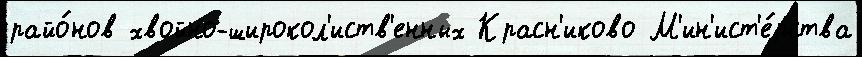
райо́нов хвойно-широкол'иств'енных Красн'иково М'ин'ист'е́рства